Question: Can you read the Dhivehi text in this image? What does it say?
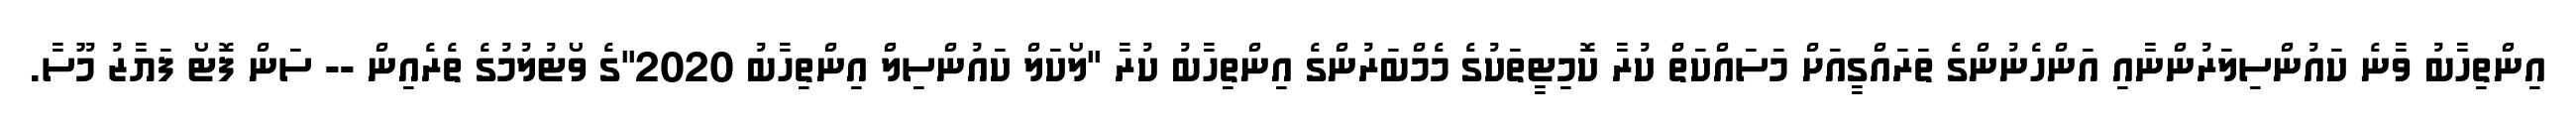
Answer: އިންތިހާބު ވާނެ ކައުންސިލަރުންނާއި އަންހެނުންގެ ތަރައްގީއަށް މަސައްކަތް ކުރާ ކޮމިޓީތަކުގެ މެމްބަރުންގެ އިންތިހާބު ކުރާ "ލޯކަލް ކައުންސިލް އިންތިހާބު 2020"ގެ ވޯޓުލުމުގެ ތެރެއިން -- ސަން ފޮޓޯ ފަޔާޒު މޫސާ.